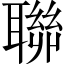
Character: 聯